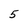
Character: 5